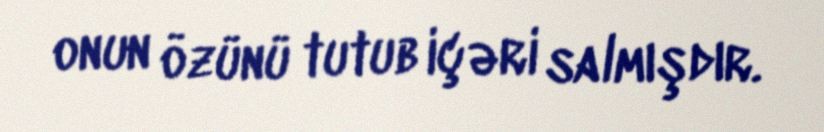
onun özünü tutub içəri salmışdır.